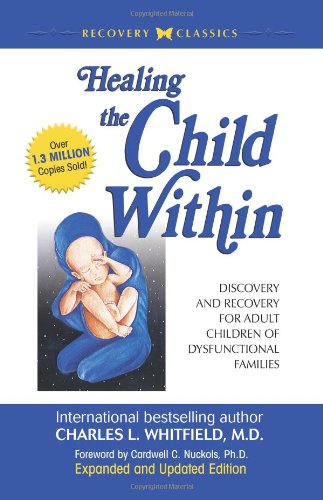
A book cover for Healing The Child Within:  Discovery and Recovery for Adult Children of Dysfunctional Families; Charles L. Whitfield M.D.; Self-Help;